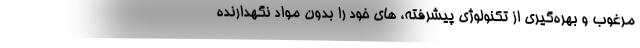
مرغوب و بهره‌گیری از تکنولوژی پیشرفته، های خود را بدون مواد نگهدارنده